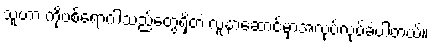
သူဟာ ကိုဗစ်ရောဂါသည်တွေရှိတဲ့ လူနာဆောင်မှာအလုပ်လုပ်ခဲ့ပါတယ်။